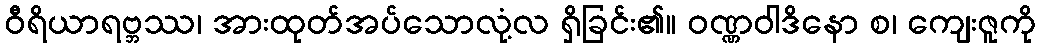
ဝီရိယာရဗ္ဘဿ၊ အားထုတ်အပ်သောလုံ့လ ရှိခြင်း၏။ ဝဏ္ဏဝါဒိနော စ၊ ကျေးဇူကို